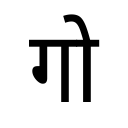
OCR:
गो